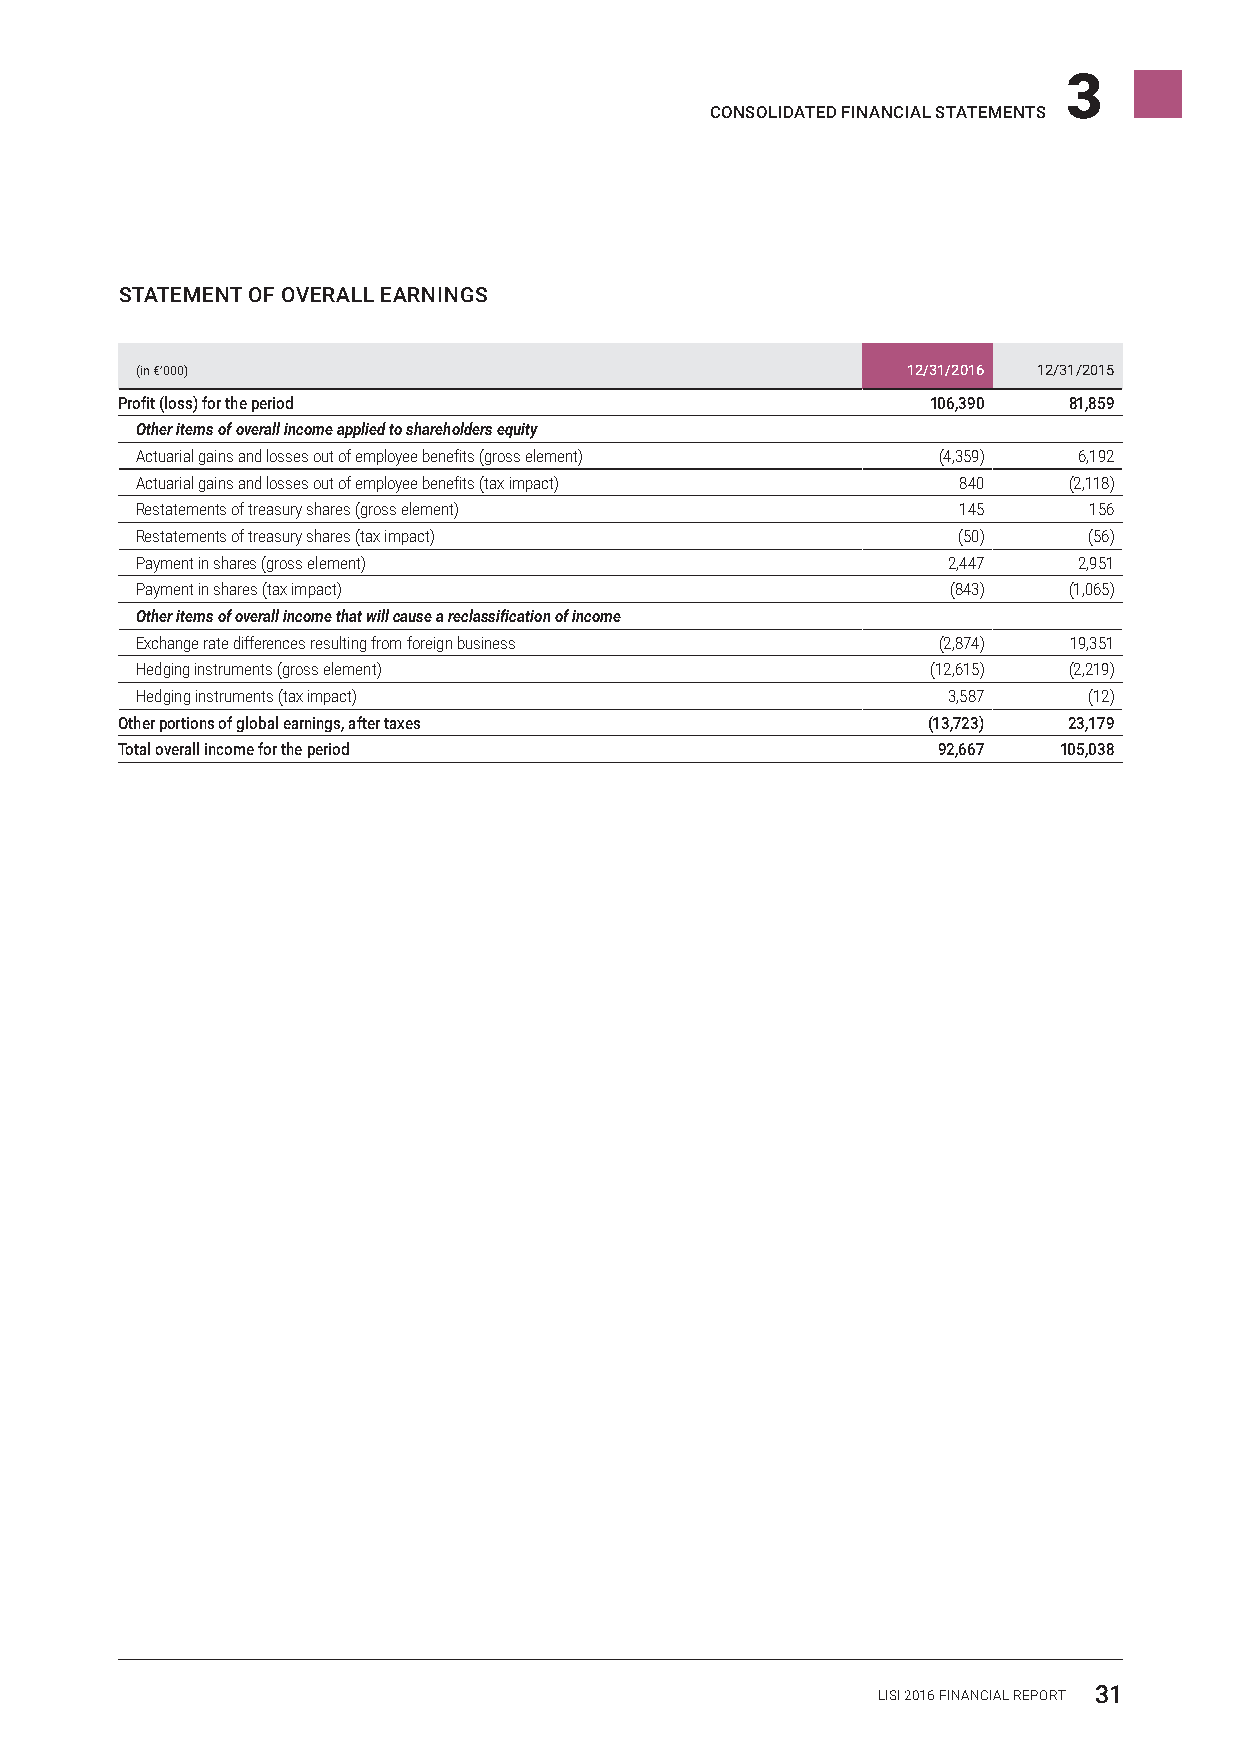
3
 CONSOLIDATED FINANCIAL STATEMENTS
 STATEMENT OF OVERALL EARNINGS
 (in €’000)                                         12/31/2016 12/31/2015
 Profit (loss) for the period                          106,390  81,859
 Other items of overall income applied to shareholders equity
 Actuarial gains and losses out of employee benefits (gross element) (4,359) 6,192
 Actuarial gains and losses out of employee benefits (tax impact) 840 (2,118)
 Restatements of treasury shares (gross element)       145      156
 Restatements of treasury shares (tax impact)          (50)     (56)
 Payment in shares (gross element)                     2,447   2,951
 Payment in shares (tax impact)                        (843)   (1,065)
 Other items of overall income that will cause a reclassification of income
 Exchange rate differences resulting from foreign business (2,874) 19,351
 Hedging instruments (gross element)                  (12,615) (2,219)
 Hedging instruments (tax impact)                      3,587    (12)
 Other portions of global earnings, after taxes       (13,723)  23,179
 Total overall income for the period                   92,667  105,038
 LISI 2016 FINANCIAL REPORT 31